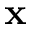
\textbf { x }